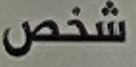
شخص